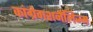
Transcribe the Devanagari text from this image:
कांग्रेगशनैलिज्म